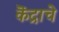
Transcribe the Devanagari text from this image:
कॆंद्राचे